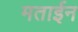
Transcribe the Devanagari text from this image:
मताईन